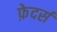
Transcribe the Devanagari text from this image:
फ़ेदर्स